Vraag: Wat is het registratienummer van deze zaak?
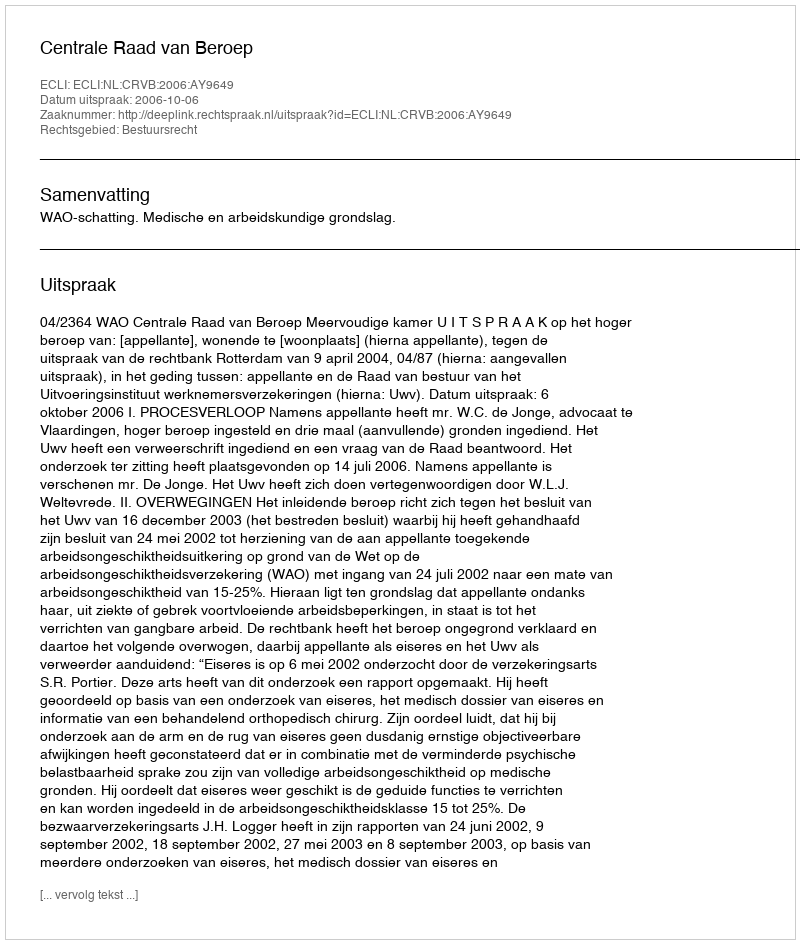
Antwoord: http://deeplink.rechtspraak.nl/uitspraak?id=ECLI:NL:CRVB:2006:AY9649